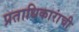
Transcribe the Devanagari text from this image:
प्रताधिकारांची